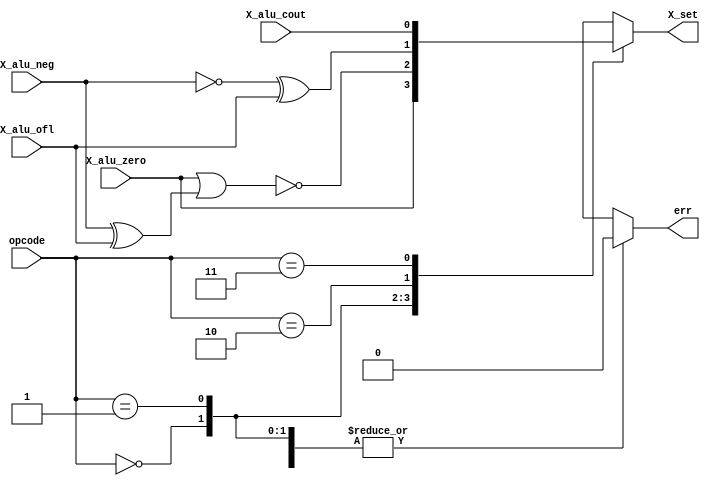
module set(input [1:0] opcode,
	   input X_alu_zero, X_alu_ofl, X_alu_cout, X_alu_neg,
	   output reg X_set, err);
   
   
   always@*
     casex (opcode[1:0])
       2'b00: begin
	  X_set =X_alu_zero;
	  err = 0;	  
       end
       2'b01: begin
	  X_set = ~(X_alu_zero| X_alu_neg^X_alu_ofl);
	  err = 0;	  
       end
       2'b10: begin
	  X_set = ~X_alu_neg^X_alu_ofl; 
	  err = 0;	  
       end	      
       2'b11: begin
	  X_set =X_alu_cout;
	  err = 0;	  
       end
       default: begin
	  X_set = 1'bx;
	  err = 0;
       end
     endcase // case (opcode[1:0])
endmodule